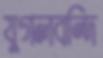
যুগলবন্দি